Civil Veterinary Dept. North-West Frontier Province 1933-46 - 1933-1946
Year: 1933
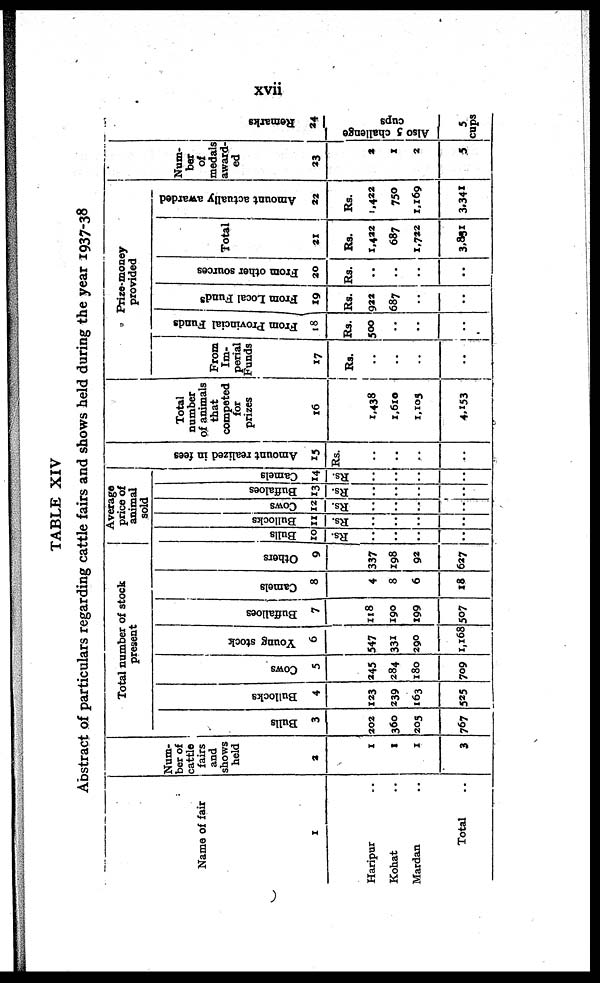
xvii
TABLE XIV
Abstract of particulars regarding cattle fairs and shows held during the year 1937-38
Name of fair
1
Haripur ..
Kohat ..
Mardan ..
Total ..
Num-
ber of
cattle
fairs
and
shows
held
a
1
1
1
3
Total number of stock
present
Bulls
3
202
360
205
767
Bullocks
4
123
239
163
525
Cows
5
245
284
180
709
Young stock
6
547
331
290
1,168
Buf f
a l
l
oe s
7
118
190
199
507
Ca me ls
8
4
8
6
18
Ot her s
9
337
198
92
627
Average
price of
animal
sold
Bul l
s
10
Rs
..
..
..
..
Bul l
oc ks
11
Rs.
..
..
..
..
Cows
12
..
..
..
..
Buf f
a l
oe s
13
Rs.
..
..
..
..
Ca me l
s
14
..
..
..
..
Amo u n t r eal i zed in f ees
15
Rs.
..
..
..
..
Total
number
of animals
that
competed
for
prizes
16
1,438
1,610
1,103
4,153
Prize money
provided
From
Im-
perial
Funds
17
Rs.
..
..
..
..
Fr om Pr ovi nci al Funds
18
Rs.
500
..
..
..
Fr om Local Funds
X9
Rs.
922
687
..
..
Fr om other sources
20
Rs.
..
..
..
..
Total
21
Rs.
1,422
687
1,722
3,831
Amount actually awarded
22
Rs.
1,422
750
1,169
3,341
Num-
ber
of
medals
award-
ed
23
2
1
2
5
Re ma r
k s
24
Also 5 challenge
cups
5
cups